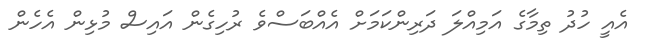
އެއީ ހުދު ތިމާގެ އަމިއްލަ ދަރިންކަމަށް އެއްބަސްވެ ރުހިގެން އައިސް މުޅިން އެހެން